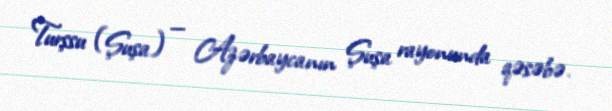
Turşsu (Şuşa) — Azərbaycanın Şuşa rayonunda qəsəbə.